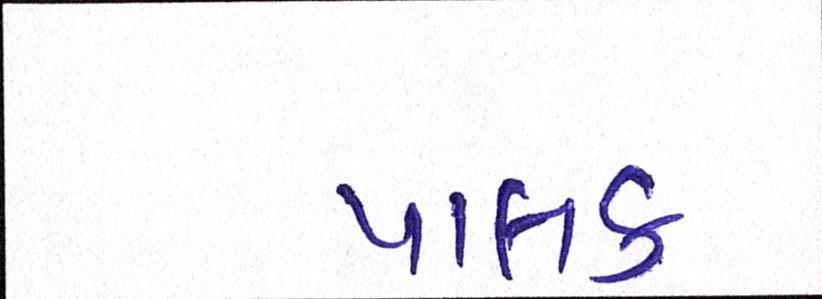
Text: પાલક